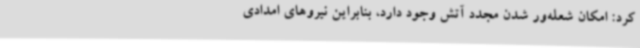
کرد: امکان شعله‌ور شدن مجدد آتش وجود دارد، بنابراین نیروهای امدادی